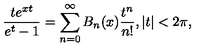
\frac { t e ^ { x t } } { e ^ { t } - 1 } = \sum _ { n = 0 } ^ { \infty } B _ { n } ( x ) \frac { t ^ { n } } { n ! } , | t | < 2 \pi ,